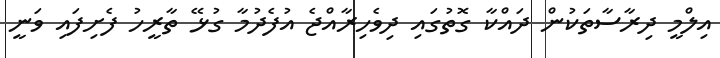
އިލްމީ ދިރާސާތަކުން ދައްކާ ގޮތުގައި ދިވެހިރާއްޖެ އުފެދުމާ ގުޅޭ ތާރީހު ފެށިފައި ވަނީ